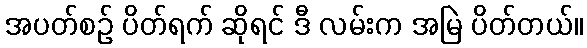
အပတ်စဉ် ပိတ်ရက် ဆိုရင် ဒီ လမ်းက အမြဲ ပိတ်တယ်။